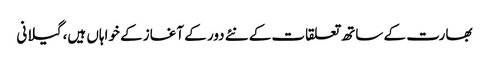
بھارت کے ساتھ تعلقات کے نئے دور کے آغاز کے خواہاں ہیں، گیلانی